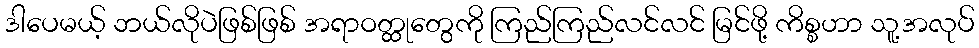
ဒါပေမယ့် ဘယ်လိုပဲဖြစ်ဖြစ် အရာဝတ္ထုတွေကို ကြည်ကြည်လင်လင် မြင်ဖို့ ကိစ္စဟာ သူ့အလုပ်